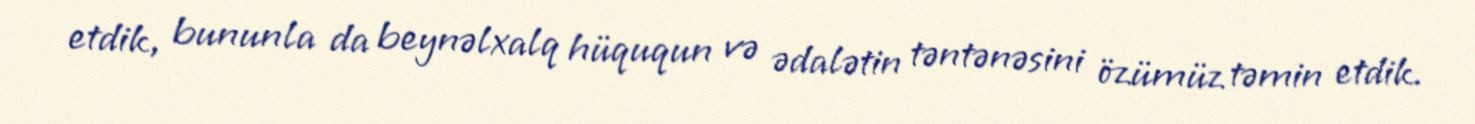
etdik, bununla da beynəlxalq hüququn və ədalətin təntənəsini özümüz təmin etdik.